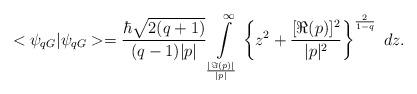
LaTeX: \begin{align*} <\psi_{qG}|\psi_{qG}>= \frac {\hbar\sqrt{2(q+1)}}{(q-1)|p|} \int\limits_{\frac {|\Im(p)|} {|p|}}^{\infty}\left\{z^2+\frac {[\Re(p)]^2} {|p|^2} \right\}^{\frac {2}{1-q}}\;dz.\end{align*}